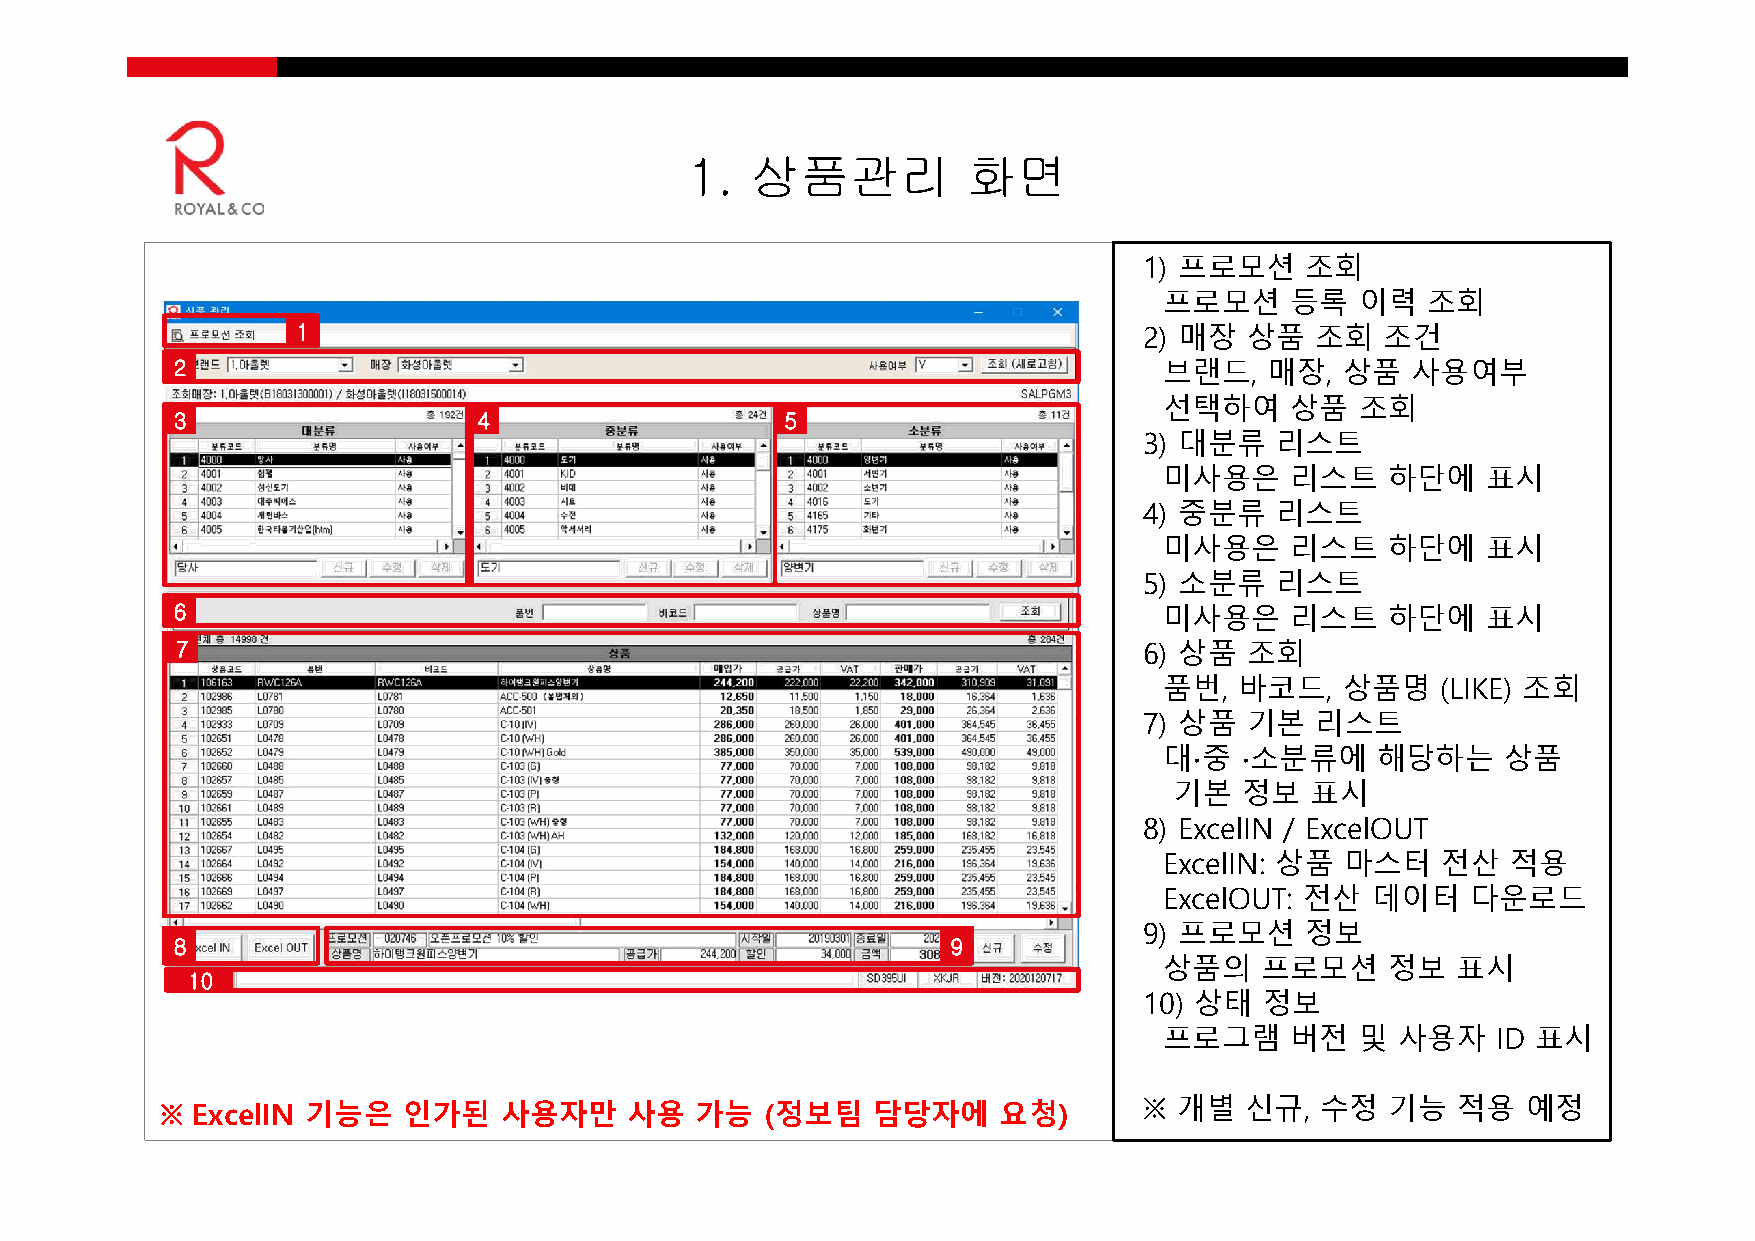
1.  상품관리          화면
 1) 프로모션   조회
 프로모션    등록   이력  조회
 1                                                       2) 매장 상품   조회   조건
 2                                                                브랜드,   매장,  상품  사용여부
 선택하여    상품   조회
 3                   4                   5
 3) 대분류  리스트
 미사용은    리스트    하단에   표시
 4) 중분류  리스트
 미사용은    리스트    하단에   표시
 5) 소분류  리스트
 6                                                                미사용은    리스트    하단에   표시
 7                                                               6) 상품 조회
 품번,  바코드,   상품명   (LIKE) 조회
 7) 상품 기본   리스트
 대∙중  ∙소분류에    해당하는     상품
 기본  정보   표시
 8) ExcelIN / ExcelOUT
 ExcelIN: 상품 마스터   전산   적용
 ExcelOUT: 전산  데이터   다운로드
 9) 프로모션   정보
 8                                                  9
 상품의   프로모션     정보  표시
 10
 10) 상태  정보
 프로그램    버전   및  사용자   ID 표시
 ※ ExcelIN 기능은   인가된   사용자만     사용  가능   (정보팀   담당자에    요청)       ※ 개별  신규,  수정   기능  적용   예정